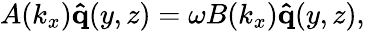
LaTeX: \begin{array}{r}{A(k_{x})\mathbf{\hat{q}}(y,z)=\omega B(k_{x})\mathbf{\hat{q}}(y,z),}\end{array}